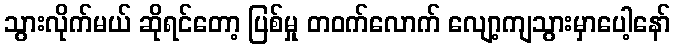
သွားလိုက်မယ် ဆိုရင်တော့ ပြစ်မှု တဝက်လောက် လျော့ကျသွားမှာပေါ့နော်